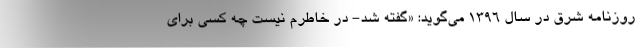
روزنامه شرق در سال ۱۳۹۶ می‌گوید: «گفته شد- در خاطرم نیست چه کسی برای